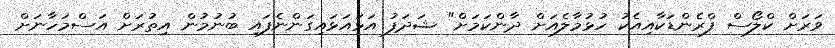
ވަރަށް ކްލޯސް ފްރެންޑަކާއިއެކު ހުޅުމާލެއަށް ދާންކަމަށް" ޝަދަފު އަޅައަޅައިގަންނެފައި ބުނުމުން އިތުރަށް އަސްމަހާނަށް